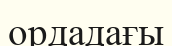
ордадағы